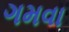
ગમવા